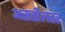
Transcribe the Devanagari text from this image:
असतीलतर